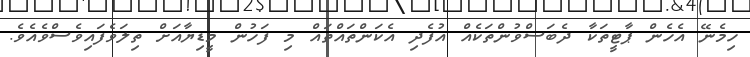
ހިމެނޭ އެހެން ޕާޓީތަކާ ދެބަސްވުންތަކެއް އުފެދި އެކަންތައްތައް މި ފަހުން މީޑިޔާއަށް ތިލަވެފައިވެސްވެއެވެ.